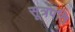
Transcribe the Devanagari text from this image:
सूत्रपति